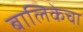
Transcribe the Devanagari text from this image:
बालिकेचा